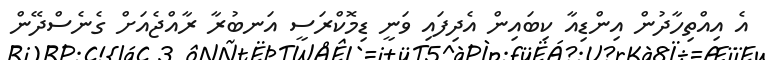
އެ އިއްތިހާދުން އިންޑިއާ ކިބައިން އެދިފައި ވަނީ ޑިމޮކްރަސީ އަނބުރާ ރާއްޖެއަށް ގެނެސްދޭން